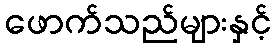
ဖောက်သည်များနှင့်